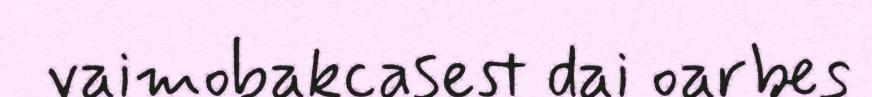
vaimobakcasest dai oarbes